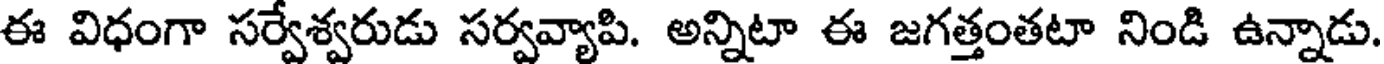
ఈ విధంగా సర్వేశ్వరుడు సర్వవ్యాపి. అన్నిటా ఈ జగత్తంతటా నిండి ఉన్నాడు